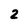
Character: 2